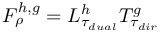
F _ { \rho } ^ { h , g } = L _ { \tau _ { d u a l } } ^ { h } T _ { \tau _ { d i r } } ^ { g }